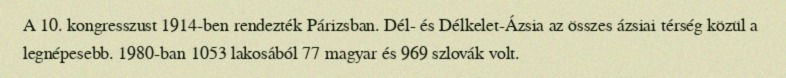
A 10. kongresszust 1914-ben rendezték Párizsban. Dél- és Délkelet-Ázsia az összes ázsiai térség közül a legnépesebb. 1980-ban 1053 lakosából 77 magyar és 969 szlovák volt.